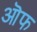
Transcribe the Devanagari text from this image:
ऒफ